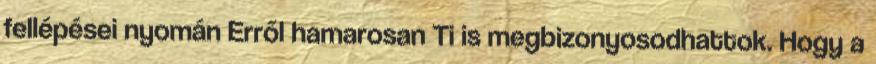
fellépései nyomán Erről hamarosan Ti is megbizonyosodhattok. Hogy a